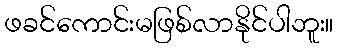
ဖခင်ကောင်းမဖြစ်လာနိုင်ပါဘူး။